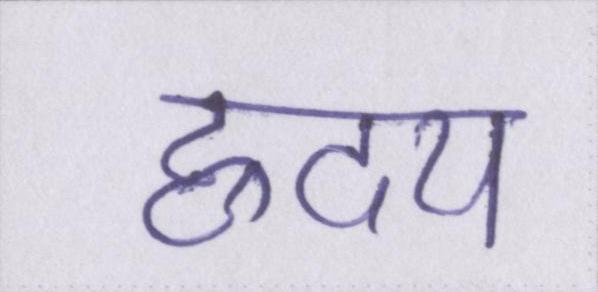
ह्रदय